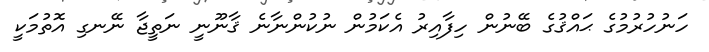
ހަނުހުރުމުގެ ޙައްޤުގެ ބޭނުން ހިފާއިރު އެކަމުން ނުކުންނާނެ ޤާނޫނީ ނަތީޖާ ނޭނގި އޮތުމަކީ